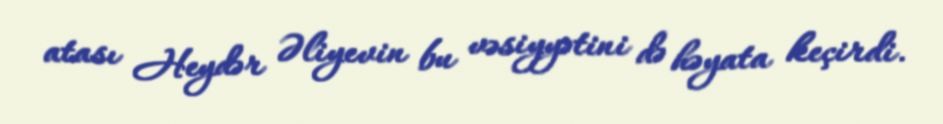
atası Heydər Əliyevin bu vəsiyyətini də həyata keçirdi.